Report on sanitation, dispensaries, and jails in Rajputana for 1919, and on vaccination for the year 1919-1920 - 1919-1920
Year: 1919
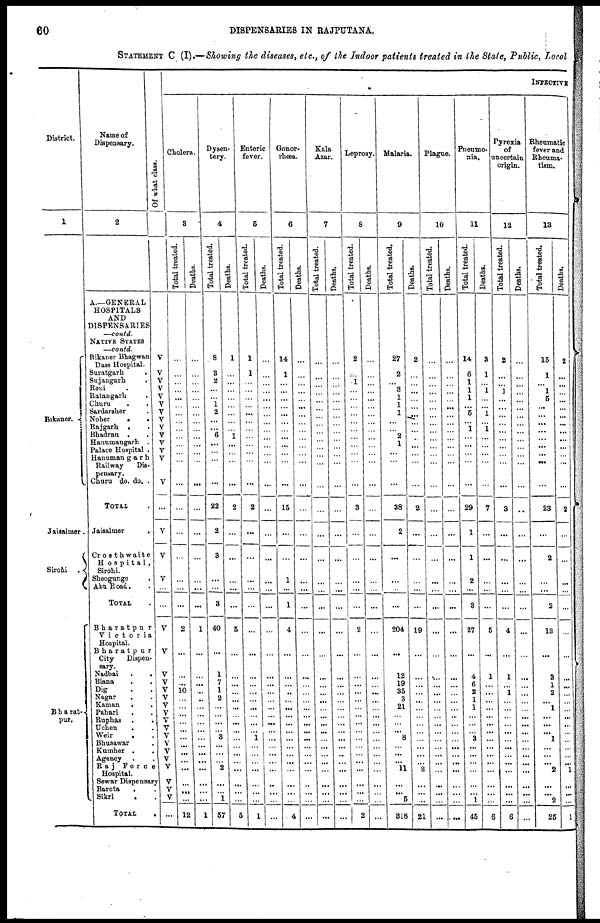
60
DISPENSARIES IN RAJPUTANA.
STATEMENT C (I).—Showing the diseases, etc., of the Indoor patients treated in the State. Public, Local
District.
1
Bikaner.
Jaisailmer.
Sirohi .
Bharat¬
pur.
Name of
Dispensary.
2
A—GENERAL
HOSPITALS
AND
DISPENSARIES
—contd.
NATIVE STATES
—contd.
Bikaner Bhagwan
Dass Hospital.
Suratgarh .
Sujangarh .
Reni . .
Ratangarh .
Churu . .
Sardarsher .
Noher . .
Rajgarh . .
Bhadran . .
Hanumangarh .
Palace Hospital .
Hanuman garh
Railway
Dis-
pensary.
Churu do. do. .
TOTAL .
Jaisalmer .
Crosthwaite
Hospital,
Sirohi.
Sheogunge
Abu Road. .
TOTAL .
Bharatpur
Victoria
Hospital.
Bharatpur
City
Dispen-
sary.
Nadbai
.
.
Biana . .
Dig . .
Nagar.
.
Kaman . .
Pahari . .
Ruphas . .
Uchen . .
Weir .
.
Bhusawar .
Kumher . .
Agency . .
Raj
Force
Hospital.
Sewar Dispensary
Bareta . .
Sikri . .
TOTAL
.
Of what class.
V
V
V
V
V
V
V
V
V
V
V
V
V
V
...
V
V
V
...
...
V
V
V
V
V
V
V
V
V V
V
V
V
V
V
V
V
V
...
INFECTIVE
Cholera.
3
Total treated.
...
...
...
...
...
...
...
...
...
...
...
...
...
...
...
...
...
...
2
...
...
...
10
...
...
...
...
...
...
...
...
...
...
...
...
...
12
Deaths.
...
...
...
...
...
...
...
...
...
...
...
...
...
...
...
...
...
...
...
...
1
...
...
...
...
...
...
...
...
...
...
...
...
...
...
...
...
...
1
Dysen-
tery.
4
Total treated.
8
3
2
...
...
1 2
...
...
6
...
...
...
...
22
2
8
...
...
3
40
...
1
7
1
2
...
...
...
...
8
...
...
...
2
...
...
1
5
Deaths.
1
...
...
...
...
...
...
...
...
1
...
...
...
...
2
...
...
...
...
...
5
...
...
...
...
...
...
...
...
...
...
...
...
...
...
...
...
...
5
Enteric
fever.
5
Total treated.
1
1
...
...
...
...
...
...
...
...
...
...
...
...
2
...
...
...
...
...
...
...
...
...
...
...
...
...
...
...
1
...
...
...
...
...
...
...
1
Deaths.
...
...
...
...
...
...
...
...
...
...
...
...
...
...
...
...
...
...
...
...
...
...
...
...
...
...
...
...
...
...
...
...
...
...
...
...
...
...
...
Gonor-
rhœa.
6
Total treated.
14
1
...
...
...
...
...
...
...
...
...
...
...
...
15
...
...
1
...
1
4
...
...
...
...
...
...
...
...
...
...
...
...
...
...
...
...
...
4
Deaths.
...
...
...
...
...
...
...
...
...
...
...
...
...
...
...
...
...
...
...
...
...
...
...
...
...
...
...
...
...
...
...
...
...
...
...
...
...
...
Kala
Azar.
7
Total treated.
...
...
...
...
...
...
...
...
...
...
...
...
...
...
...
...
...
...
...
...
...
...
...
...
...
...
...
...
...
...
...
...
...
...
...
...
...
...
...
Deaths.
...
...
...
...
...
...
...
...
...
...
...
...
...
...
...
...
...
...
...
...
...
...
...
...
...
...
...
...
...
...
...
...
...
...
...
...
...
...
...
Leprosy.
8
Total treated.
2
...
1
...
...
...
...
...
...
...
...
...
...
...
3
...
...
...
...
...
2
...
...
...
...
...
...
...
...
...
...
...
...
...
...
...
...
...
2
Deaths.
...
...
...
...
...
...
...
...
...
...
...
...
...
...
...
...
...
...
...
...
...
...
...
...
...
...
...
...
...
...
...
...
...
...
...
...
...
...
Malaria.
9
Total treated.
27
2
...
3
1
1
1
...
...
2
1
...
...
...
38
2
...
...
...
...
204
...
12
19
35
3
21
...
...
...
8
...
...
...
11
...
...
5
318
Deaths.
2
...
...
...
...
...
...
...
...
...
... ...
...
...
2
...
...
...
...
19
...
...
...
...
...
...
...
...
...
...
...
...
...
2
...
...
...
21
Plague.
10
Total treated.
...
...
...
...
...
...
...
...
...
...
...
...
...
...
...
...
...
...
...
...
...
...
...
...
...
...
...
...
...
...
...
...
...
...
...
...
...
...
Deaths.
...
...
...
...
...
...
...
...
...
...
...
...
...
...
...
...
...
...
...
...
...
...
...
...
...
...
...
...
...
...
...
...
...
...
...
...
...
...
...
Pneumo-
nia.
11
Total treated.
14
6
1
1
1
...
5
...
1
...
... ...
...
...
29
1
1
2
...
3
27
...
4
6
2
1
1
...
...
...
3
...
...
...
...
...
...
1
45
Deaths.
3
1
...
1
...
...
1
...
1
...
...
...
...
...
7
...
...
...
...
...
5
...
1
...
...
...
...
...
...
...
...
...
...
...
...
...
...
...
6
Pyrexia
of
uncertain
origin.
12
Total treated.
2
...
...
1
...
...
...
...
...
...
...
...
...
...
3
...
...
...
...
...
4
...
1
...
...
...
...
...
...
...
...
...
...
...
...
...
...
...
6
Deaths.
...
...
...
...
...
...
...
...
...
...
...
...
...
...
..
...
...
...
...
...
...
...
...
...
...
...
...
...
...
...
...
...
...
...
...
...
...
...
...
Rheumatic
fever and
Rheuma-
tism.
13
Total treated.
15
...
...
1
5
...
...
...
...
...
... ...
...
...
23
...
2
...
...
2
13
...
3
1
...
...
1
...
...
...
1
...
...
...
2
...
...
2
25
Deaths.
2
...
...
...
...
...
...
...
...
...
...
...
...
...
2
...
...
...
...
...
...
...
...
...
...
...
...
...
...
...
...
...
1
...
...
...
1